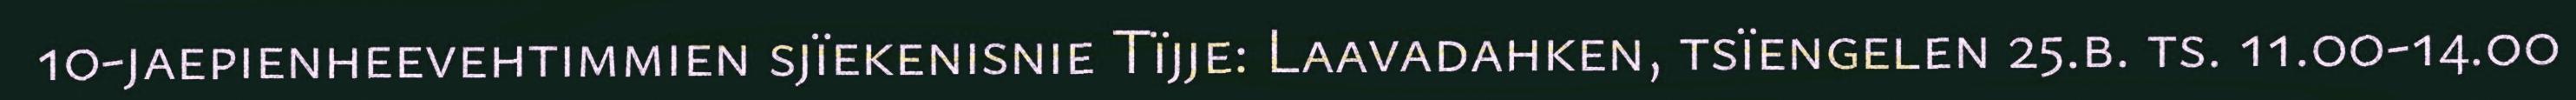
10-jaepienheevehtimmien sjïekenisnie Tïjje: Laavadahken, tsïengelen 25.b. ts. 11.00-14.00